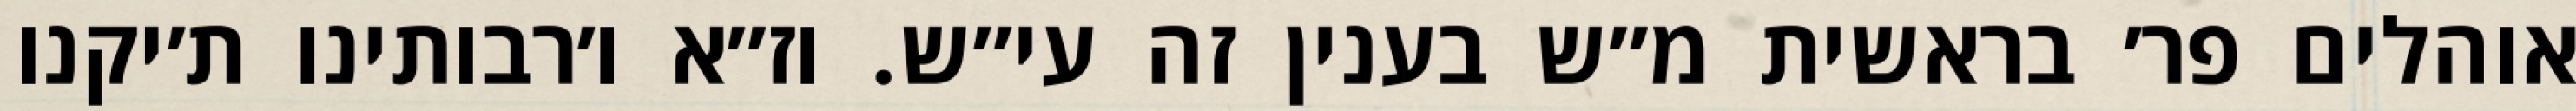
אוהלים פר׳ בראשית מ״ש בענין זה עי״ש. וז״א ו׳רבותינו ת׳יקנו